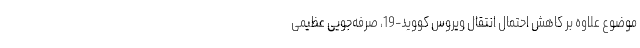
موضوع علاوه بر کاهش احتمال انتقال ویروس کووید-19، صرفه‌جویی عظیمی